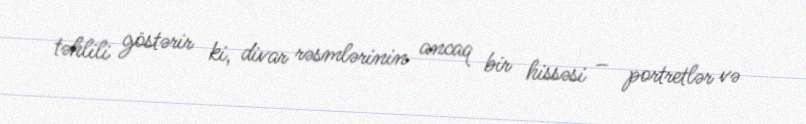
təhlili göstərir ki, divar rəsmlərinin ancaq bir hissəsi – portretlər və